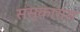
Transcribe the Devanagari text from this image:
संस्कारास